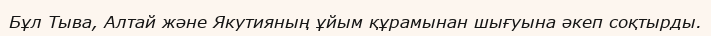
Бұл Тыва, Алтай және Якутияның ұйым құрамынан шығуына әкеп соқтырды.